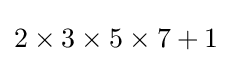
2\times 3\times 5\times 7+1